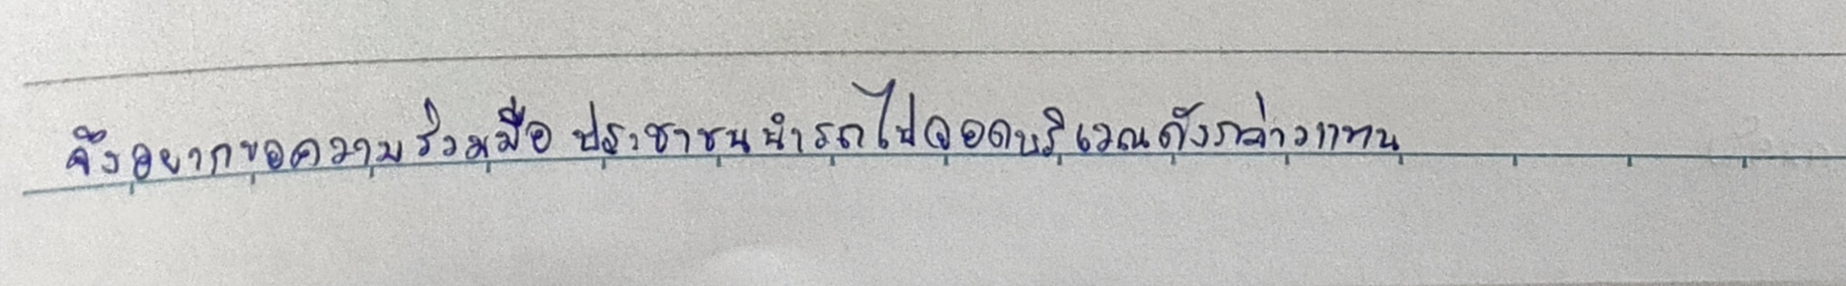
จึงอยากขอความร่วมมือประชาชนนำรถไปจอดบริเวณดังกล่าวแทน